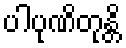
ပါပုဏိတုန္တိ